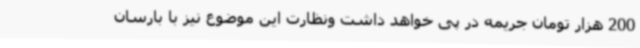
200 هزار تومان جریمه در پی خواهد داشت ونظارت این موضوع نیز با بارسان